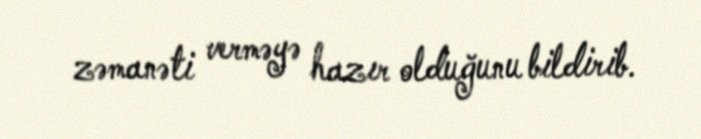
zəmanəti verməyə hazır olduğunu bildirib.